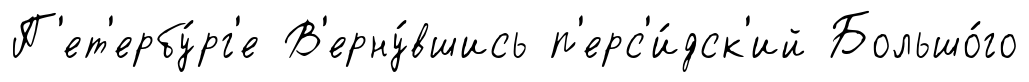
П'ет'ербу́рг'е В'ерну́вшись п'ерс'и́дск'ий Большо́го